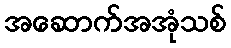
အဆောက်အအုံသစ်